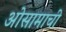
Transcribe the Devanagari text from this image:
ओसामाची